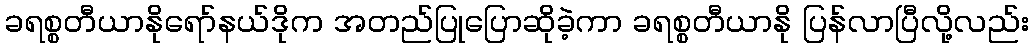
ခရစ္စတီယာနိုရော်နယ်ဒိုက အတည်ပြုပြောဆိုခဲ့ကာ ခရစ္စတီယာနို ပြန်လာပြီလို့လည်း